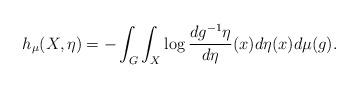
LaTeX: \begin{align*}h_{\mu}(X,\eta)=-\int_{G}\int_{X}\log\frac{dg^{-1}\eta}{d\eta}(x)d\eta(x)d\mu(g).\end{align*}